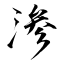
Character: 渗